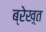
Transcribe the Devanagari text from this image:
ब्रेख़्त